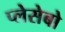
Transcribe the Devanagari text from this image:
प्लेसेबो